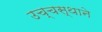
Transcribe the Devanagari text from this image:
उच्चस्थाने